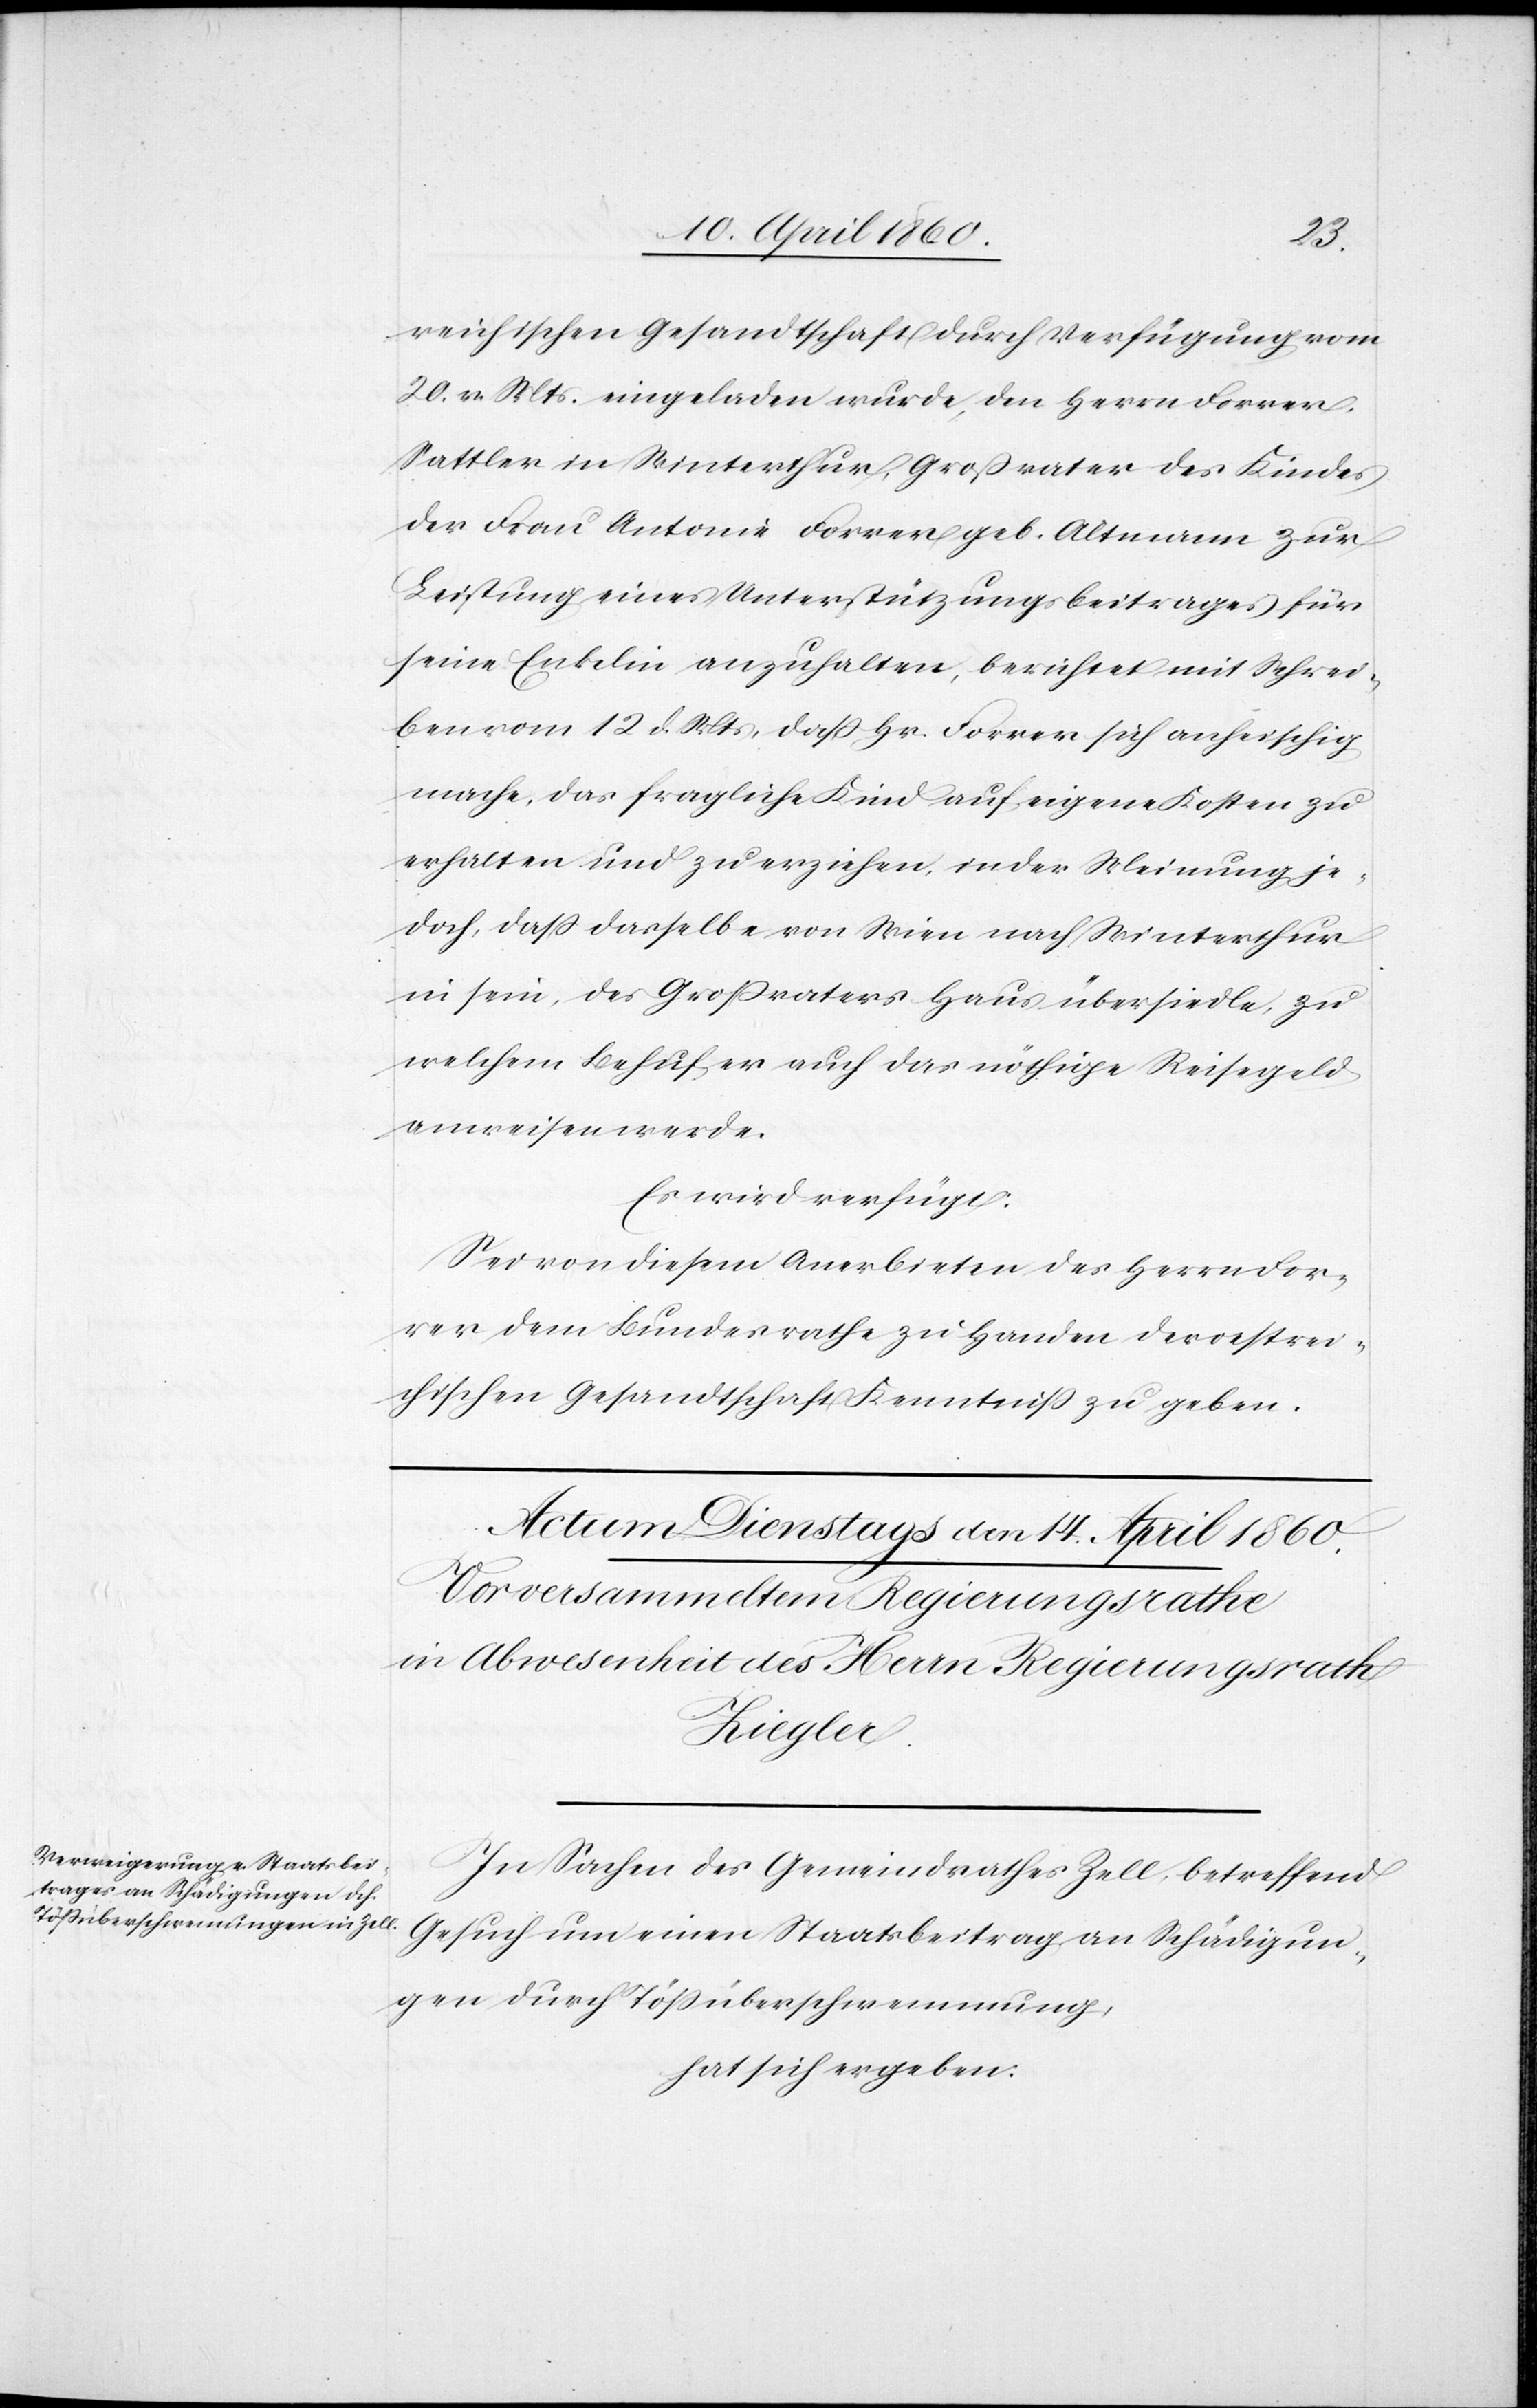
reichischen Gesandtschaft durch Verfügung vom
20. v. Mts. eingeladen wurde, den Herrn Forrer,
Sattler in Winterthur, Grossvater des Kindes
der Frau Antonie Forrer geb. Altmann zur
Leistung eines Unterstützungsbeitrages für
seine Enkelin anzuhalten, berichtet mit Schrei¬
ben vom 12. d. Mts, dass Hr. Forrer sich anheischig
mache, das fragliche Kind auf eigene Kosten zu
erhalten und zu erziehen, in der Meinung je¬
doch, dass dasselbe von Wien nach Winterthur
in sein, des Grossvaters Haus übersiedle, zu
welchem Behuf er auch das nöthige Reisegeld
anweisen werde.
Es wird verfügt:
Sei von diesem Anerbieten des Herrn For¬
rer dem Bundesrathe zu Handen der oestrei¬
chischen Gesandtschaft Kenntniss zu geben.
In Sachen des Gemeindrathes Zell, betreffend
Gesuch um einen Staatsbeitrag an Schädigun¬
gen durch Tössüberschwemmung,
hat sich ergeben: